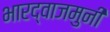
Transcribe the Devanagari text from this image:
भारद्वाजमुनी